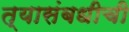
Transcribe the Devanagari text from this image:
त्यासंबधीची